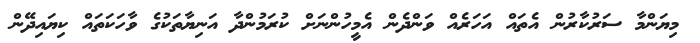
މިޔަންމާ ސަރުކާރުން އެތައް އަހަރެއް ވަންދެން އެމީހުންނަށް ކުރަމުންދާ އަނިޔާތަކުގެ ވާހަކަތައް ކިޔައިދޭން